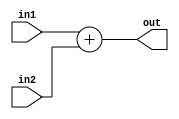


module ADDER (	in1,
			 	in2,
			 	out);
	
	parameter bit_in = 18;
	parameter bit_out = 18;

	input [bit_in-1:0]	in1, in2;
	output [bit_out-1:0]	out;

	assign out = in1 + in2;

endmodule